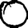
Digit: 0